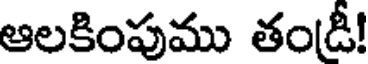
ఆలకింపుము తండీ!